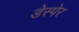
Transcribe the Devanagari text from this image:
डेस्पेर